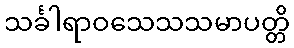
သင်္ခါရာဝသေသသမာပတ္တိ